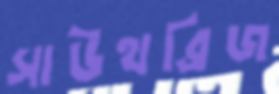
সাউথব্রিজ